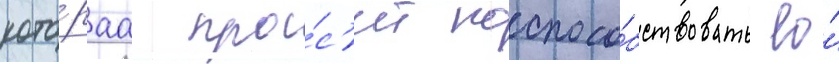
кото́раа про́с'ит поспосо́бствовать ео́